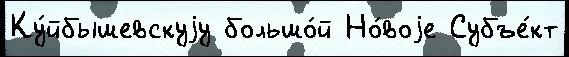
Ку́йбышевскуjу большо́й Но́воjе Субъе́кт